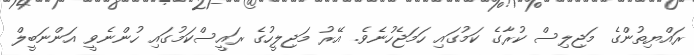
ރައްޔިތުންގެ މަޖިލިސް ކުރާގެ ކަމުގައި ހަމަޖެހުނެވެ. އޭރު މަޖިލީހުގެ ރައީސްކަމުގައި ހުންނެވީ އަންނަބީލް